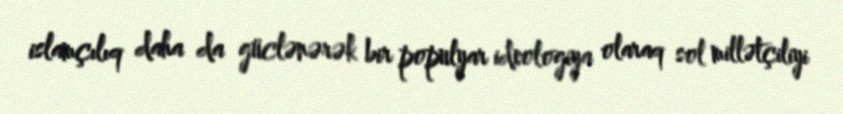
islamçılıq daha da güclənərək bir populyar ideologiya olaraq sol millətçiliyi